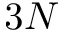
3 N